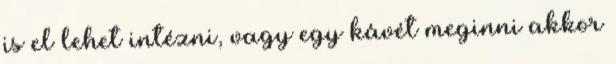
is el lehet intézni, vagy egy kávét meginni akkor